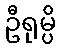
ဦရုမ္ပိ